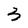
Character: 3